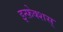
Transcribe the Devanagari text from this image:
इन्फ़ेक्शस्